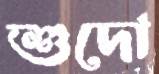
শুদো